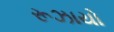
રૂઝાયો